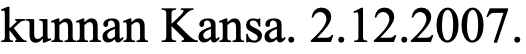
kunnan Kansa. 2.12.2007.